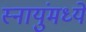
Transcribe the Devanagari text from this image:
स्नायुंमध्ये